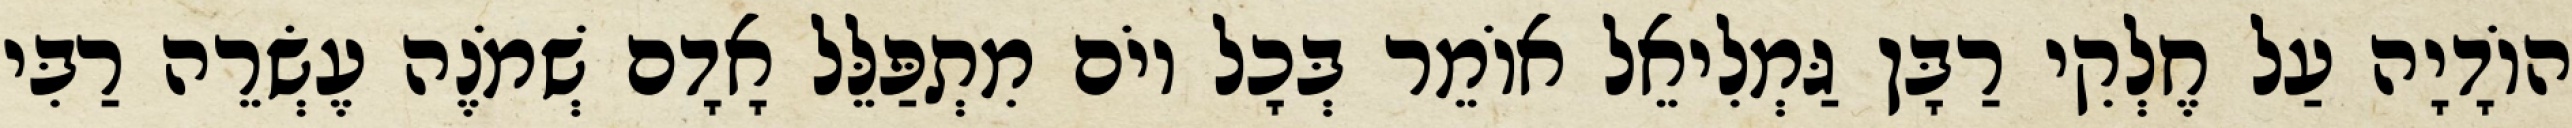
הוֹדָיָה עַל חֶלְקִי רַבָּן גַּמְלִיאֵל אוֹמֵר בְּכָל יוֹם מִתְפַּלֵּל אָדָם שְׁמֹנֶה עֶשְׂרֵה רַבִּי